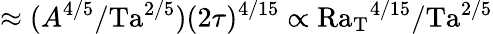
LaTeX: \approx(A^{4/5}/\mathrm{Ta}^{2/5})(2\tau)^{4/15}\propto\mathrm{Ra_{T}}^{4/15}/\mathrm{Ta}^{2/5}